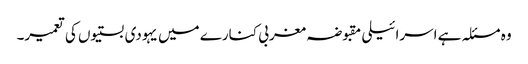
وہ مسئلہ ہے اسرائیلی مقبوضہ مغربی کنارے میں یہودی بستیوں کی تعمیر۔